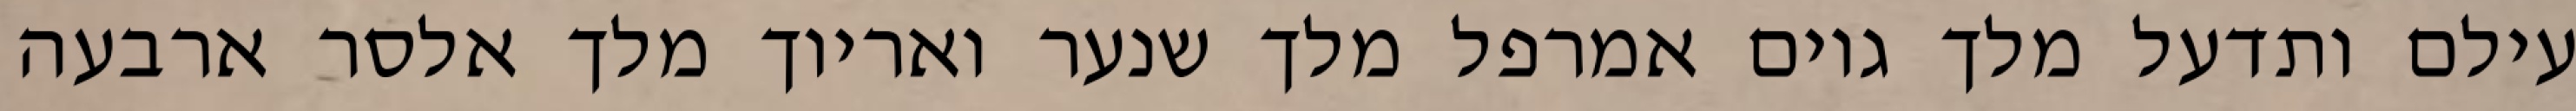
עילם ותדעל מלך גוים אמרפל מלך שנער ואריוך מלך אלסר ארבעה